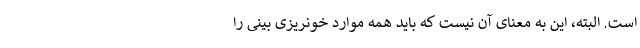
است. البته، این به معنای آن نیست که باید همه موارد خونریزی بینی را